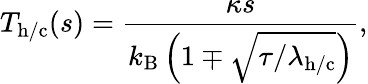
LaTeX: T_{\mathrm{h/c}}(s)=\frac{\kappa s}{k_{\mathrm{B}}\left(1\mp\sqrt{\tau/\lambda_{\mathrm{h/c}}}\right)},